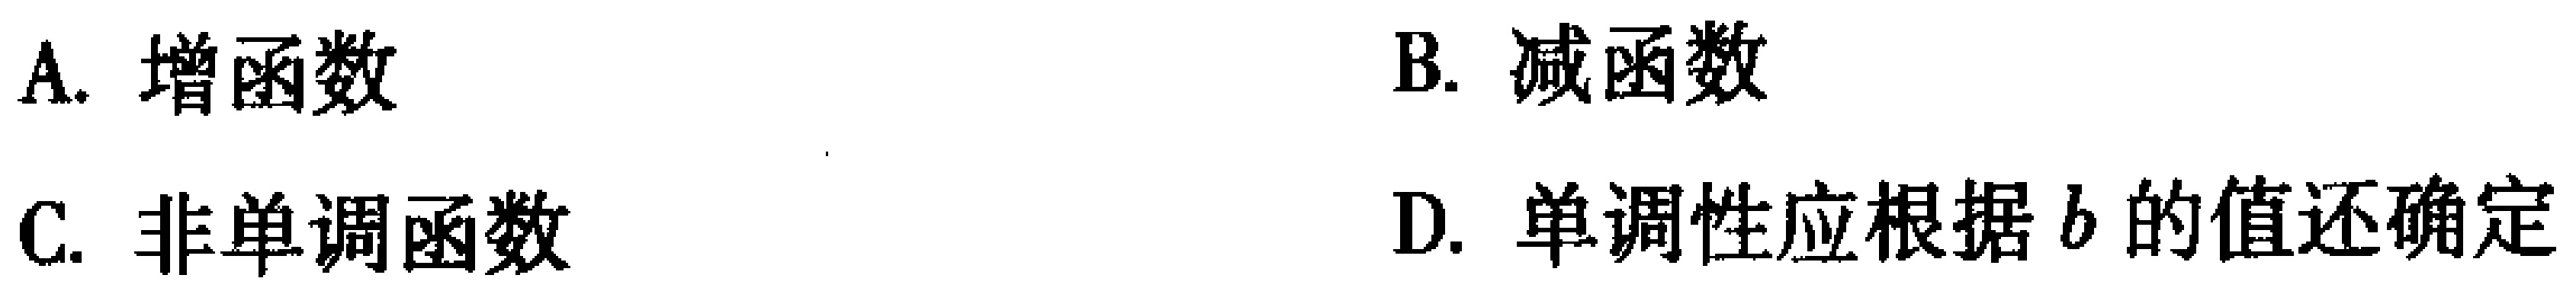
A. 增函数

B. 减函数

C. 非单调函数

D. 单调性应根据\(b\)的值还确定